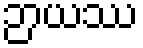
ဉာယဿ